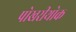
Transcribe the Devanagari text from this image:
पोखरीथोक